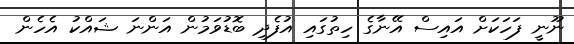
ނޫނީ ފަހަކަށް އައިސް އޭނާގެ ހިތުގައި އުފެދި ބޮޑުވަމުން އަންނަ ޝައްކު އެހެން